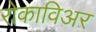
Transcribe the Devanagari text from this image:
रोकाविअर